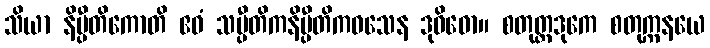
သိယာ နိပ္ပီတိကောတိ ဧဝံ သပ္ပီတိကနိပ္ပီတိကဝသေန ဒုဝိဓော။ စတုတ္ထဒုကေ စတုက္ကနယေ